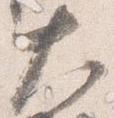
大